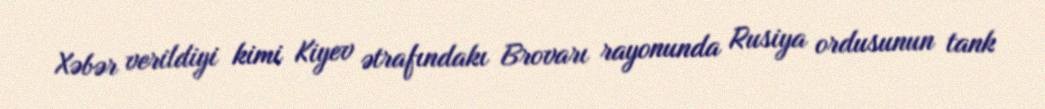
Xəbər verildiyi kimi Kiyev ətrafındakı Brovarı rayonunda Rusiya ordusunun tank